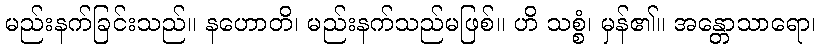
မည်းနက်ခြင်းသည်။ နဟောတိ၊ မည်းနက်သည်မဖြစ်။ ဟိ သစ္စံ၊ မှန်၏။ အန္တောသာရော၊